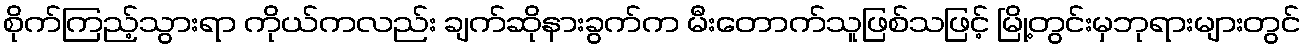
စိုက်ကြည့်သွားရာ ကိုယ်ကလည်း ချက်ဆိုနားခွက်က မီးတောက်သူဖြစ်သဖြင့် မြို့တွင်းမှဘုရားများတွင်